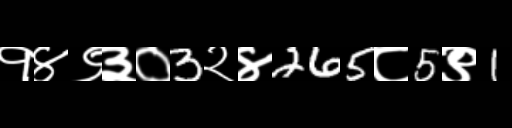
Text: १४९३०3२४265८5९1